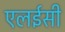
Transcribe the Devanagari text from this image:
एलईसी